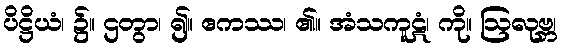
ပိဋ္ဌိယံ၊ ၌။ ဌတွာ၊ ၍။ ဧကဿ၊ ၏။ အံသကူဋံ၊ ကို။ ဩလုဗ္ဘ၊